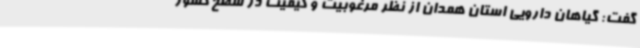
گفت: گیاهان دارویی استان همدان از نظر مرغوبیت و کیفیت در سطح کشور